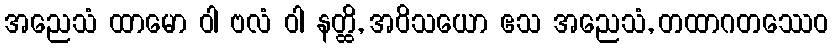
အညေသံ ထာမော ဝါ ဗလံ ဝါ နတ္ထိ, အဝိသယော ဧသ အညေသံ, တထာဂတဿေဝ